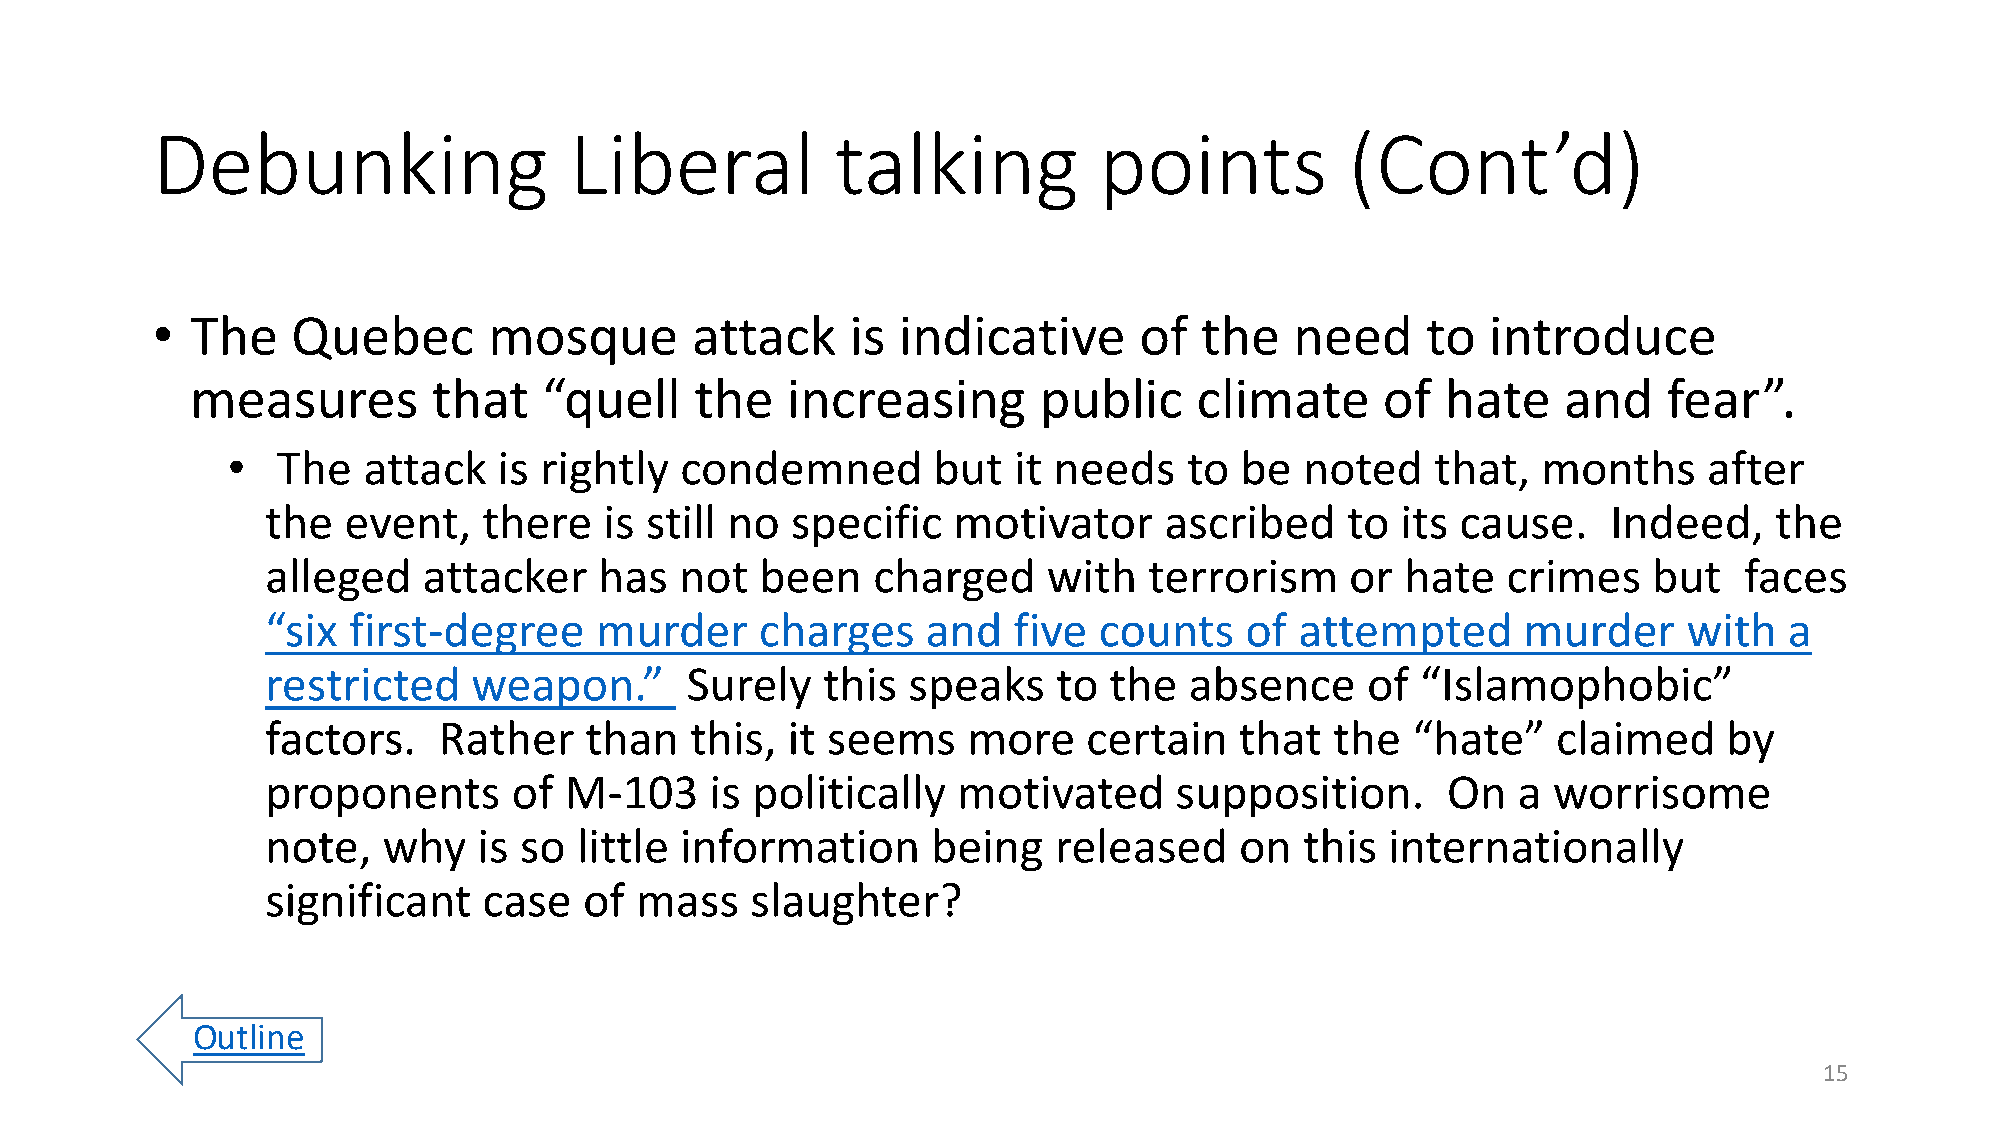
Debunking                   Liberal          talking           points          (Cont’d)
 •  The   Quebec       mosque        attack    is indicative      of  the    need    to   introduce
 measures        that   “quell    the   increasing       public    climate      of  hate   and    fear”.
 •  The   attack   is rightly  condemned        but  it needs    to be  noted    that,  months     after
 the  event,   there   is still no specific   motivator     ascribed    to  its cause.    Indeed,   the
 alleged   attacker    has  not  been    charged    with   terrorism    or  hate   crimes   but   faces
 “six first-degree    murder     charges    and   five  counts   of  attempted      murder     with  a
 restricted   weapon.”      Surely   this  speaks    to the   absence    of  “Islamophobic”
 factors.   Rather    than   this, it seems    more    certain   that  the  “hate”    claimed    by
 proponents      of M-103     is politically  motivated      supposition.      On  a  worrisome
 note,  why    is so little information      being   released    on  this  internationally
 significant   case   of mass    slaughter?
 Outline
 15